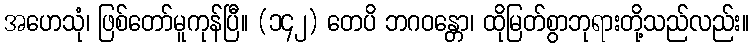
အဟေသုံ၊ ဖြစ်တော်မူကုန်ပြီ။ (၁၄၂) တေပိ ဘဂဝန္တော၊ ထိုမြတ်စွာဘုရားတို့သည်လည်း။